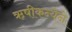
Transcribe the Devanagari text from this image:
ऋषीकन्येने